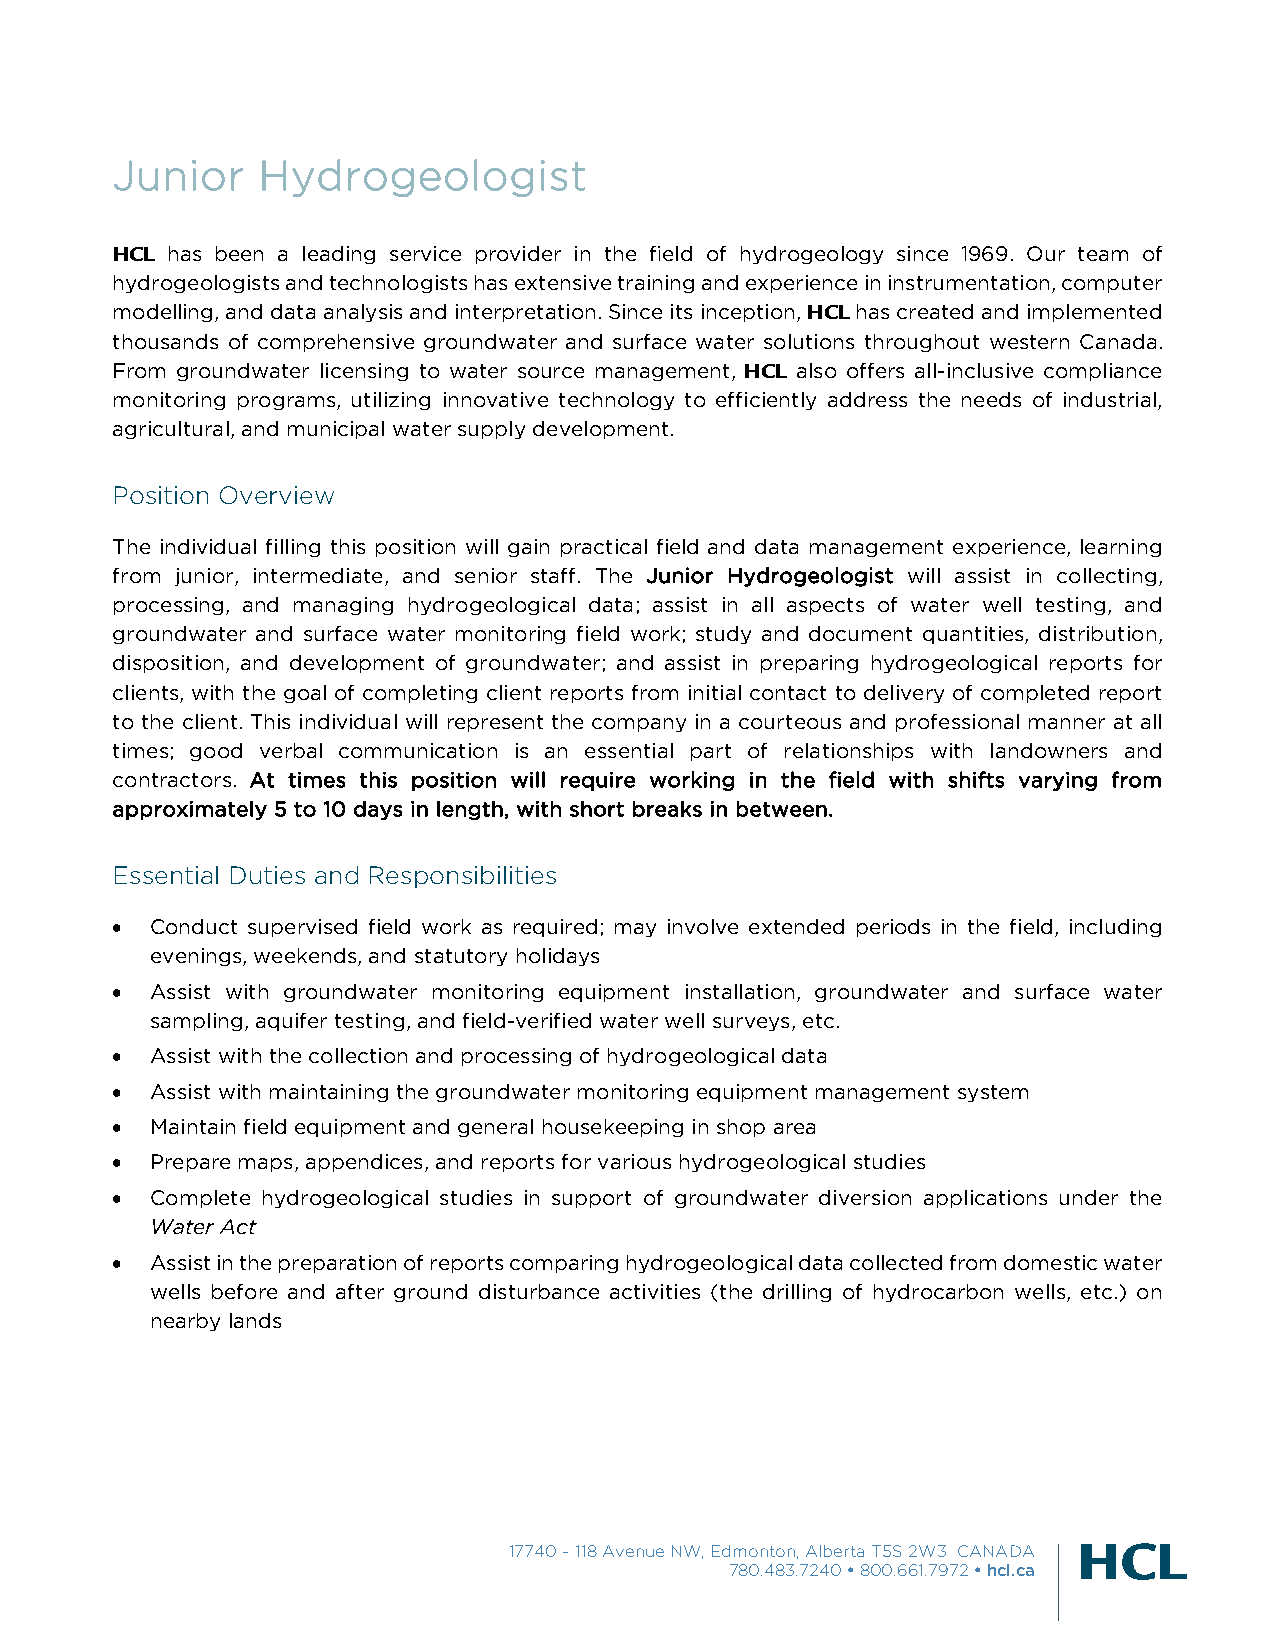
Junior    Hydrogeologist
 HCL has been a leading service provider in the field of hydrogeology since 1969. Our team of
 hydrogeologists and technologists has extensive training and experience in instrumentation, computer
 modelling, and data analysis and interpretation. Since its inception, HCL has created and implemented
 thousands of comprehensive groundwater and surface water solutions throughout western Canada.
 From groundwater licensing to water source management, HCL also offers all-inclusive compliance
 monitoring programs, utilizing innovative technology to efficiently address the needs of industrial,
 agricultural, and municipal water supply development.
 Position Overview
 The individual filling this position will gain practical field and data management experience, learning
 from junior, intermediate, and senior staff. The Junior Hydrogeologist will assist in collecting,
 processing, and managing hydrogeological data; assist in all aspects of water well testing, and
 groundwater and surface water monitoring field work; study and document quantities, distribution,
 disposition, and development of groundwater; and assist in preparing hydrogeological reports for
 clients, with the goal of completing client reports from initial contact to delivery of completed report
 to the client. This individual will represent the company in a courteous and professional manner at all
 times; good verbal communication is an essential part of relationships with landowners and
 contractors. At times this position will require working in the field with shifts varying from
 approximately 5 to 10 days in length, with short breaks in between.
 Essential Duties and Responsibilities
   Conduct supervised field work as required; may involve extended periods in the field, including
 evenings, weekends, and statutory holidays
   Assist with groundwater monitoring equipment installation, groundwater and surface water
 sampling, aquifer testing, and field-verified water well surveys, etc.
   Assist with the collection and processing of hydrogeological data
   Assist with maintaining the groundwater monitoring equipment management system
   Maintain field equipment and general housekeeping in shop area
   Prepare maps, appendices, and reports for various hydrogeological studies
   Complete hydrogeological studies in support of groundwater diversion applications under the
 Water Act
   Assist in the preparation of reports comparing hydrogeological data collected from domestic water
 wells before and after ground disturbance activities (the drilling of hydrocarbon wells, etc.) on
 nearby lands
 17740 – 118 Avenue NW, Edmonton, Alberta T5S 2W3 CANADA
 780.483.7240  800.661.7972  hcl.ca